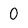
Character: 0